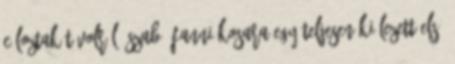
céloztak távolról. Szabó Fanni kosara egy teljesen kiélezett első